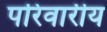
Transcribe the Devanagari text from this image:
परिवारीय